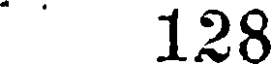
128